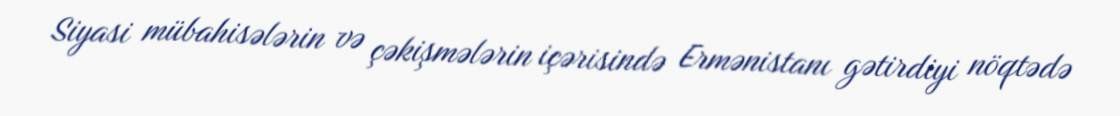
Siyasi mübahisələrin və çəkişmələrin içərisində Ermənistanı gətirdiyi nöqtədə